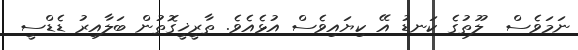
ނަމަވެސް  ލޫތުގެ ކަނޑު އޭ ކިޔައިވެސް އުޅެއެވެ. ތާރީޚީގޮތުން ބަލާއިރު ޑެޑްސީ